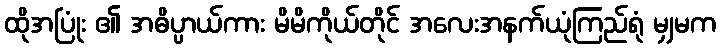
ထိုအပြုံး ၏ အဓိပ္ပာယ်ကား မိမိကိုယ်တိုင် အလေးအနက်ယုံကြည်ရုံ မျှမက